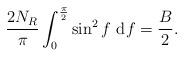
LaTeX: \begin{align*}\frac{2 N_{R}}{\pi} \int_{0}^{\frac{\pi}{2}}\sin^2 f~ {\rm d} f = \frac{B}{2}.\end{align*}